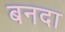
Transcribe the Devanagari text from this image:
बनदा